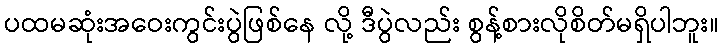
ပထမဆုံးအဝေးကွင်းပွဲဖြစ်နေ လို့ ဒီပွဲလည်း စွန့်စားလိုစိတ်မရှိပါဘူး။